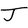
Character: J